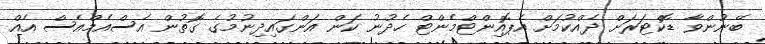
ބޭނުންވާ ޑޮކްޓަރަށް ދެއްކުމަށް އެޕޮއިންޓްމެންޓް ހެދުނު ކަން އަންގައިދިނުމުގެ ގޮތުން އެސްއެމްއެސް އެއް